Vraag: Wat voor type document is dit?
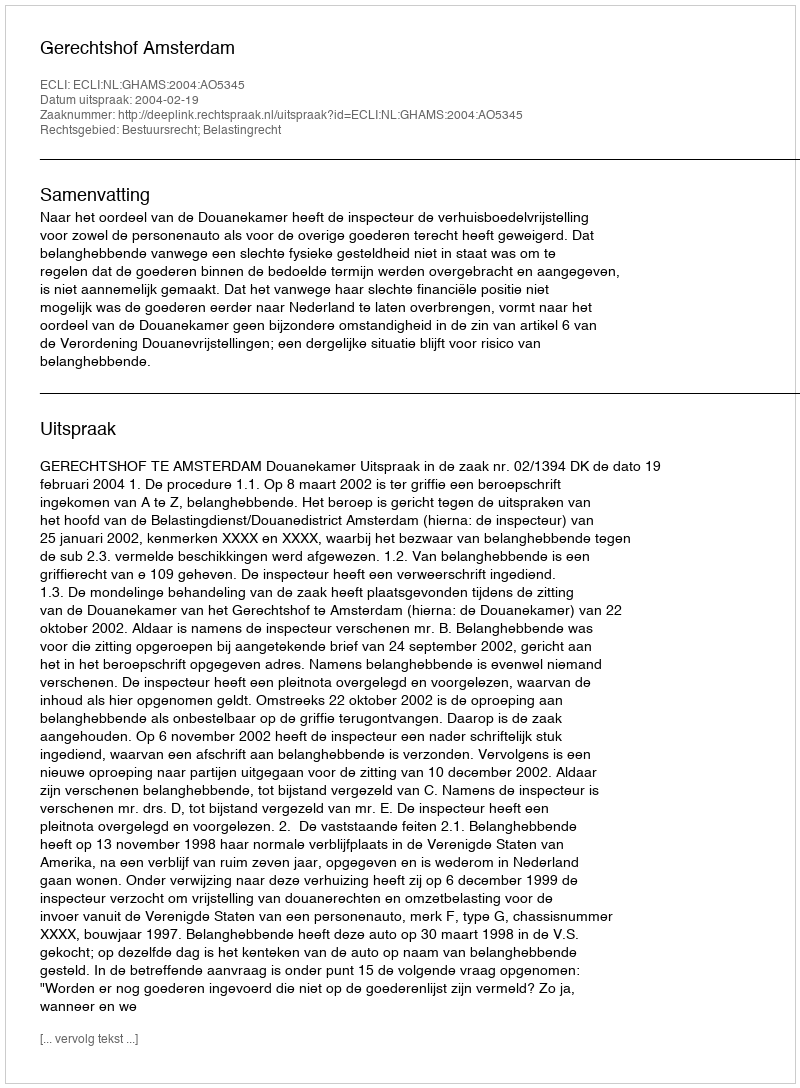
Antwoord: Uitspraak